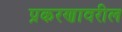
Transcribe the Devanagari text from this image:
प्रकरणावरील